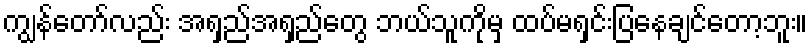
ကျွန်တော်လည်း အရှည်အရှည်တွေ ဘယ်သူကိုမှ ထပ်မရှင်းပြနေချင်တော့ဘူး။